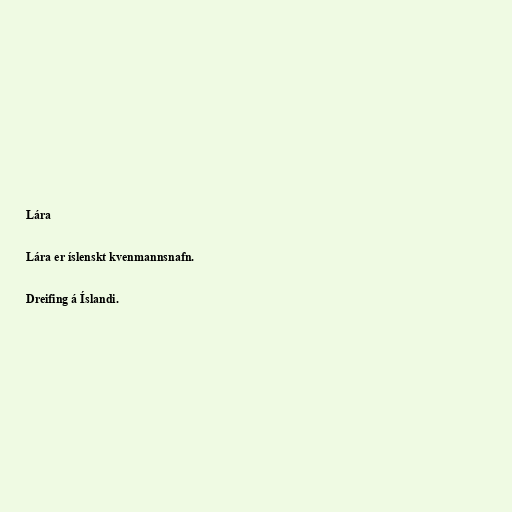
Lára

Lára er íslenskt kvenmannsnafn.

Dreifing á Íslandi.